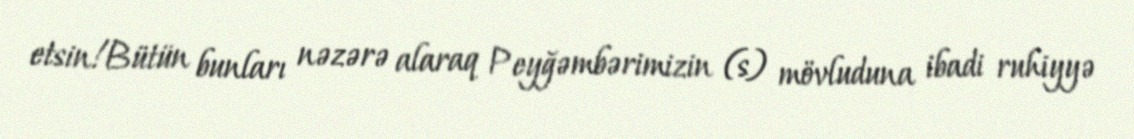
etsin!Bütün bunları nəzərə alaraq Peyğəmbərimizin (s) mövluduna ibadi ruhiyyə